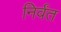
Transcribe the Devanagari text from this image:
निर्वंत